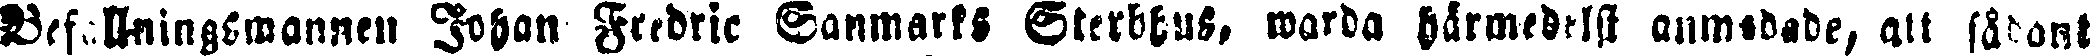
Befallningsmannen Johan Fredric Sanmarks Sterbhus, warda härmedelst anmodade, alt sådant